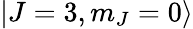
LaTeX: \mathinner{|{J=3,m_{J}=0}\rangle}